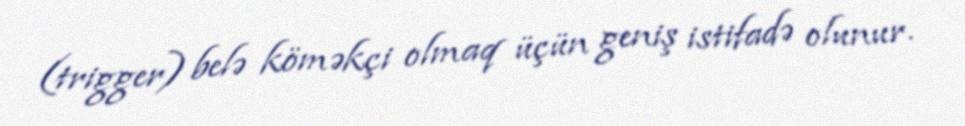
(trigger) belə köməkçi olmaq üçün geniş istifadə olunur.